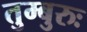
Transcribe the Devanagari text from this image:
तुम्बुरुः